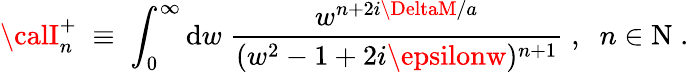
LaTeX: {\calI}_{n}^{+}\; \equiv\; \int_{0}^{\infty}\mathrm{d}w\; \frac{{w^{n+2i\DeltaM/a}}}{{(w^{2}-1+2i\epsilonw)^{n+1}}}\; ,\; \; n\in\mathrm{{N}}\; .